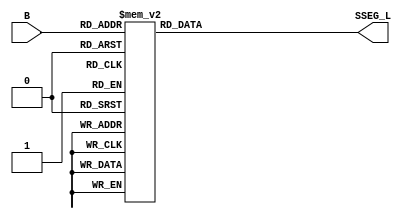
module hex_to_seven_seg(B, SSEG_L);
  input  [3:0]  B;
  output [6:0]  SSEG_L;

  reg    [6:0]  SSEG_L;

// synthesis translate_off
`define SIMULATION_MODE
// synthesis translate_on

`ifdef SIMULATION_MODE
  wire [3:0] BB;

  assign BB = B;
`else
  reg [3:0] BB;

  SOFT u1(
    .in(B[0]),
    .out(BB[0])
  );
  SOFT u2(
    .in(B[1]),
    .out(BB[1])
  );
  SOFT u3(
    .in(B[2]),
    .out(BB[2])
  );
  SOFT u4(
    .in(B[3]),
    .out(BB[3])
  );
`endif

  always @ (BB)
  begin
    case (BB)
      // segment order: GFEDCBA (active low)
      4'h0 : SSEG_L = 7'b1000000;
      4'h1 : SSEG_L = 7'b1111001;
      4'h2 : SSEG_L = 7'b0100100;
      4'h3 : SSEG_L = 7'b0110000;
      4'h4 : SSEG_L = 7'b0011001;
      4'h5 : SSEG_L = 7'b0010010;
      4'h6 : SSEG_L = 7'b0000010;
      4'h7 : SSEG_L = 7'b1111000;
      4'h8 : SSEG_L = 7'b0000000;
      4'h9 : SSEG_L = 7'b0010000;
      4'hA : SSEG_L = 7'b0001000;
      4'hB : SSEG_L = 7'b0000011;
      4'hC : SSEG_L = 7'b1000110;
      4'hD : SSEG_L = 7'b0100001;
      4'hE : SSEG_L = 7'b0000110;
      4'hF : SSEG_L = 7'b0001110;
      default : SSEG_L = 7'b1111111;
    endcase
  end

endmodule